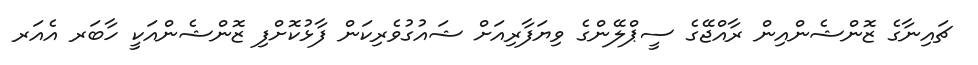
ޗައިނާގެ ޒޮންޝެންއިން ރާއްޖޭގެ ސީޕްލޭންގެ ވިޔަފާރިއަށް ޝައުގުވެރިކަން ފާޅުކޮށްފި ޒޮންޝެންއަކީ ހާބަރ އެއަރ